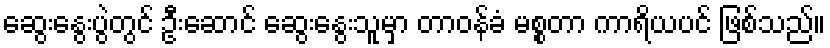
ဆွေးနွေးပွဲတွင် ဦးဆောင် ဆွေးနွေးသူမှာ တာဝန်ခံ မစ္စတာ ကာရိယပင် ဖြစ်သည်။